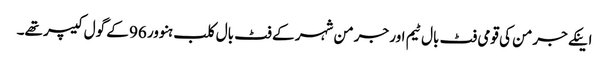
اینکے جرمن کی قومی فٹ بال ٹیم اور جرمن شہر کے فٹ بال کلب ہنوور 96 کے گول کیپر تھے۔